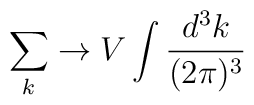
\sum_k \to V\int \frac{d^3k}{(2\pi)^3} \nonumber